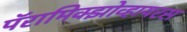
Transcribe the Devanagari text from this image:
पॅरामिक्झोव्हायरस